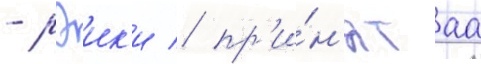
- рэик'и / пр'и́н'ятаа